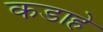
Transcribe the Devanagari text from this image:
कडाहे